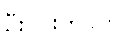
ဦးဝင်းတင်က